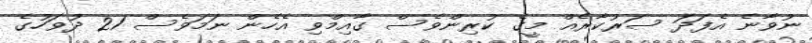
ނުވާނެ އެފަދަ ސަރުކާރެއް މީގެ ކުރިންވެސް ގާއިމްވި އެހެން ނަމަވެސް 21 ދުވަހުގެ